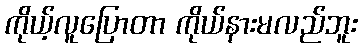
ကိုယ့်လူပြောတာ ကိုယ်နားမလည်ဘူး